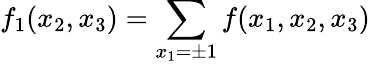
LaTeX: f_{1}(x_{2},x_{3})=\sum_{x_{1}=\pm 1}f(x_{1},x_{2},x_{3})